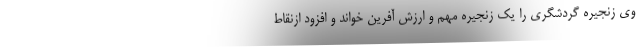
وی زنجیره گردشگری را یک زنجیره مهم و ارزش آفرین خواند و افزود ازنقاط